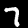
Digit: 7